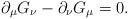
LaTeX: \begin{align*}\partial_\mu G_\nu - \partial_\nu G_\mu = 0.\end{align*}